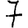
Digit: 7